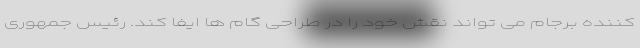
کننده برجام می تواند نقش خود را در طراحی گام ها ایفا کند. رئیس جمهوری